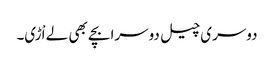
دوسری چیل دوسرا بچے بھی لے اْڑی۔